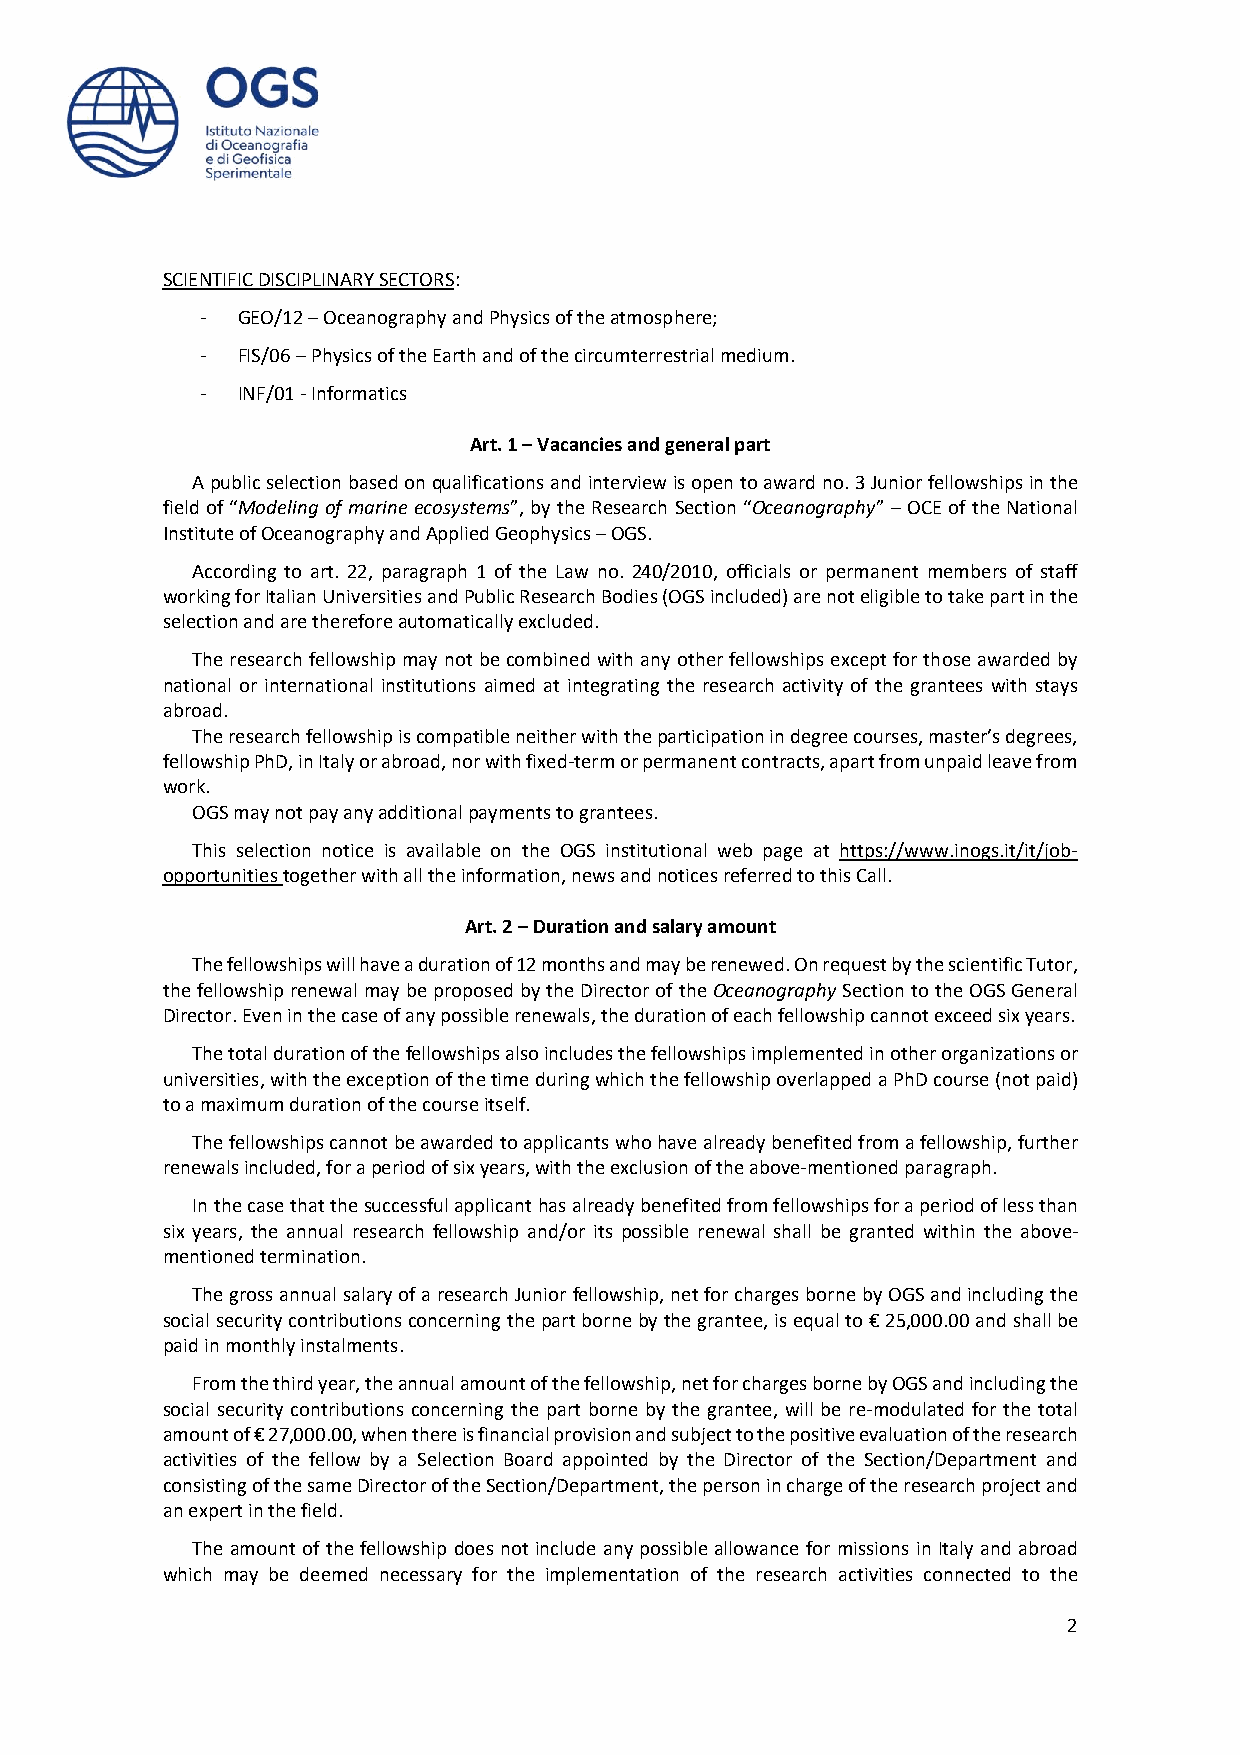
SCIENTIFIC DISCIPLINARY SECTORS:
 -  GEO/12 – Oceanography and Physics of the atmosphere;
 -  FIS/06 – Physics of the Earth and of the circumterrestrial medium.
 -  INF/01 - Informatics
 Art. 1 – Vacancies and general part
 A public selection based on qualifications and interview is open to award no. 3 Junior fellowships in the
 field of “Modeling of marine ecosystems”, by the Research Section “Oceanography” – OCE of the National
 Institute of Oceanography and Applied Geophysics – OGS.
 According to art. 22, paragraph 1 of the Law no. 240/2010, officials or permanent members of staff
 working for Italian Universities and Public Research Bodies (OGS included) are not eligible to take part in the
 selection and are therefore automatically excluded.
 The research fellowship may not be combined with any other fellowships except for those awarded by
 national or international institutions aimed at integrating the research activity of the grantees with stays
 abroad.
 The research fellowship is compatible neither with the participation in degree courses, master’s degrees,
 fellowship PhD, in Italy or abroad, nor with fixed-term or permanent contracts, apart from unpaid leave from
 work.
 OGS may not pay any additional payments to grantees.
 This selection notice is available on the OGS institutional web page at https://www.inogs.it/it/job-
 opportunities together with all the information, news and notices referred to this Call.
 Art. 2 – Duration and salary amount
 The fellowships will have a duration of 12 months and may be renewed. On request by the scientific Tutor,
 the fellowship renewal may be proposed by the Director of the Oceanography Section to the OGS General
 Director. Even in the case of any possible renewals, the duration of each fellowship cannot exceed six years.
 The total duration of the fellowships also includes the fellowships implemented in other organizations or
 universities, with the exception of the time during which the fellowship overlapped a PhD course (not paid)
 to a maximum duration of the course itself.
 The fellowships cannot be awarded to applicants who have already benefited from a fellowship, further
 renewals included, for a period of six years, with the exclusion of the above-mentioned paragraph.
 In the case that the successful applicant has already benefited from fellowships for a period of less than
 six years, the annual research fellowship and/or its possible renewal shall be granted within the above-
 mentioned termination.
 The gross annual salary of a research Junior fellowship, net for charges borne by OGS and including the
 social security contributions concerning the part borne by the grantee, is equal to € 25,000.00 and shall be
 paid in monthly instalments.
 From the third year, the annual amount of the fellowship, net for charges borne by OGS and including the
 social security contributions concerning the part borne by the grantee, will be re-modulated for the total
 amount of € 27,000.00, when there is financial provision and subject to the positive evaluation of the research
 activities of the fellow by a Selection Board appointed by the Director of the Section/Department and
 consisting of the same Director of the Section/Department, the person in charge of the research project and
 an expert in the field.
 The amount of the fellowship does not include any possible allowance for missions in Italy and abroad
 which may be deemed necessary for the implementation of the research activities connected to the
 2